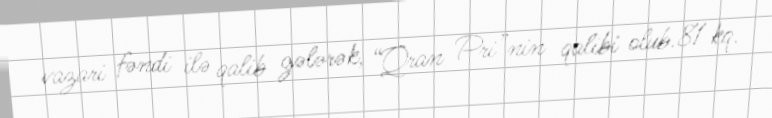
vazari fəndi ilə qalib gələrək, “Qran Pri”nin qalibi olub.81 kq.